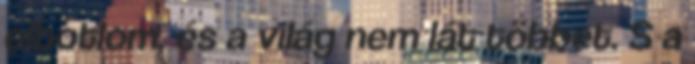
elbotlom, és a világ nem lát többet. S a